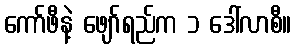
ကော်ဖီနဲ့ ဖျော်ရည်က ၁ ဒေါ်လာစီ။